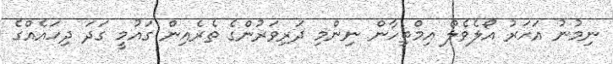
ނިމުނު އަހަރު އޯލެވެލް އިމްތިހާން ނިންމިި ދަރިވަރުންގެ ތެރެއިން ގައުމީ ގަދަ ދިހައެއްގެ